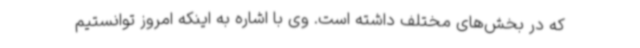
که در بخش‌های مختلف داشته است. وی با اشاره به اینکه امروز توانستیم